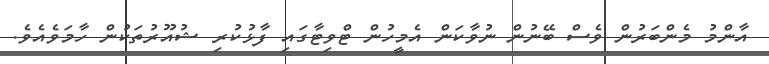
އާންމު މެންބަރުން ވެސް ބޭނުން ނުވާކަން އެމީހުން ޓްވިޓާގައި ފާޅުކުރި ޝުއޫރުތަކުން ހާމަވެއެވެ.